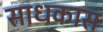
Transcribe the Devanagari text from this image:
साधकास